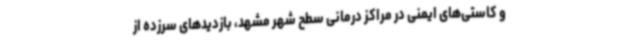
و کاستی‌های ایمنی در مراکز درمانی سطح شهر مشهد، بازدیدهای سرزده از